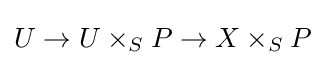
U\to U\times _{S}P\to X\times _{S}P